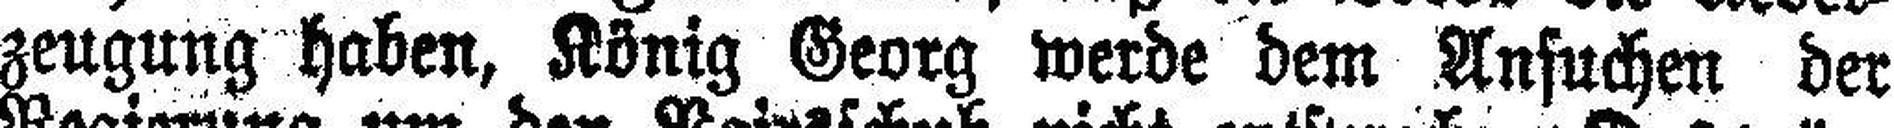
zeugung haben, König Georg werde dem Anfuchen der